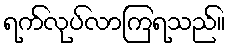
ရက်လုပ်လာကြရသည်။